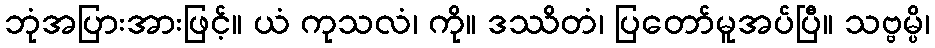
ဘုံအပြားအားဖြင့်။ ယံ ကုသလံ၊ ကို။ ဒဿိတံ၊ ပြတော်မူအပ်ပြီ။ သဗ္ဗမ္ပိ၊